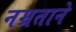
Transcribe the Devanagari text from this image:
नम्रताने